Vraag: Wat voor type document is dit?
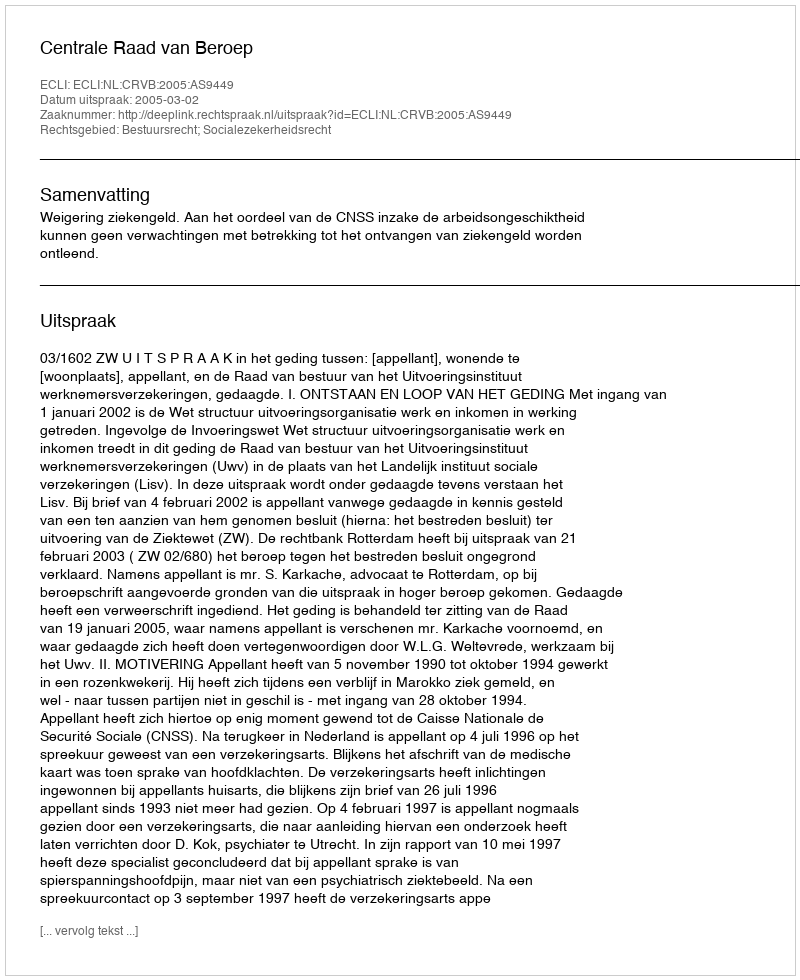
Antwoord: Uitspraak